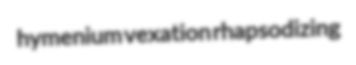
hymenium vexation rhapsodizing